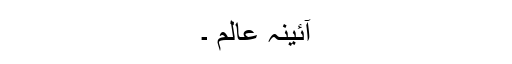
آئینۂ عالم ۔